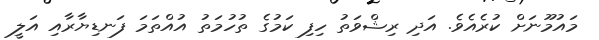
މައުމޫނަށް ކުރެއެވެ. އަދި ރިޝްވަތު ހިފި ކަމުގެ ތުހުމަތު އުއްތަމަ ފަނޑިޔާރާއި އަލީ